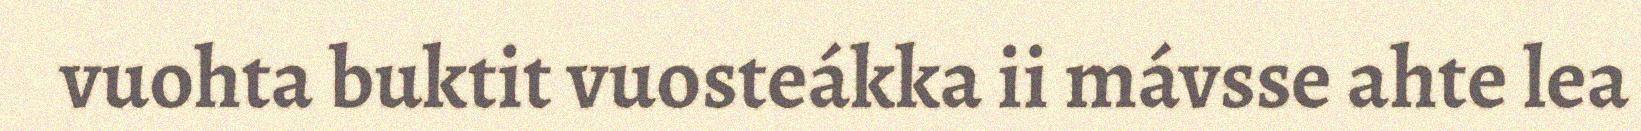
vuohta buktit vuosteákka ii mávsse ahte lea